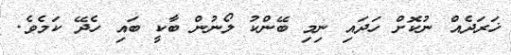
ޚަރަދެއް ނުކޮށް ހަދައި ނިމި ބޭންކު ލޯނުން ބާކީ ބައި ހެދޭ ކަމެވެ.